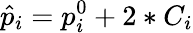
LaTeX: \hat{p}_{i}=p_{i}^{0}+2*C_{i}